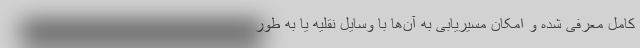
کامل معرفی شده و امکان مسیریابی به آن‌ها با وسایل نقلیه یا به طور